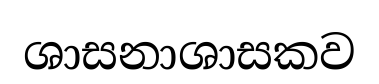
ශාසනාශාසකව